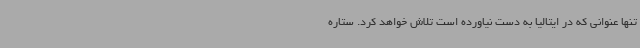
تنها عنوانی که در ایتالیا به دست نیاورده است تلاش خواهد کرد. ستاره